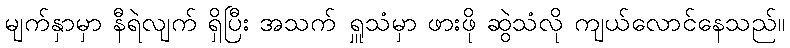
မျက်နှာမှာ နီရဲလျက် ရှိပြီး အသက် ရှူသံမှာ ဖားဖို ဆွဲသံလို ကျယ်လောင်နေသည်။